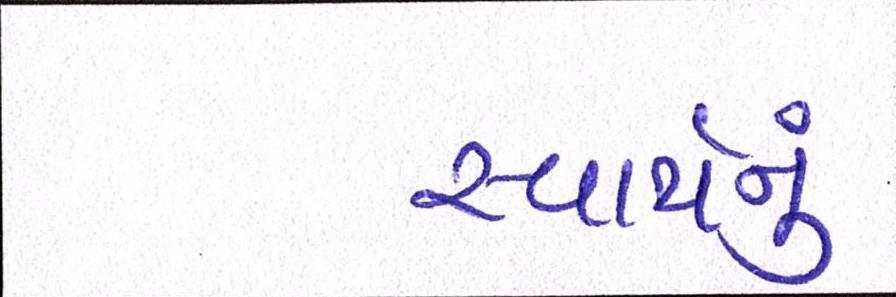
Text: સ્વાર્થનું